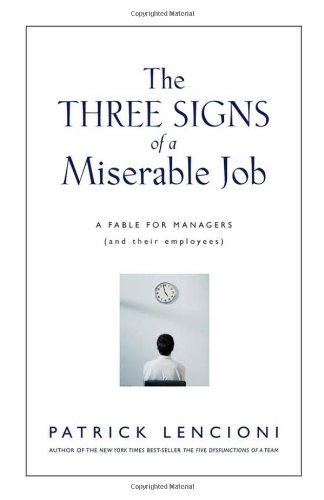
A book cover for The Three Signs of a Miserable Job: A Fable for Managers (And Their Employees); Patrick Lencioni; Business & Money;